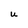
Character: U